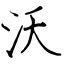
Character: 沃